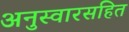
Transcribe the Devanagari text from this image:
अनुस्वारसहित